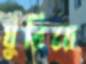
ঘুরিয়ে